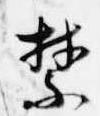
禁